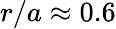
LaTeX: r/a\approx 0.6